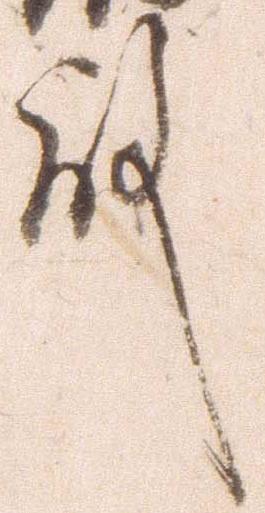
殿